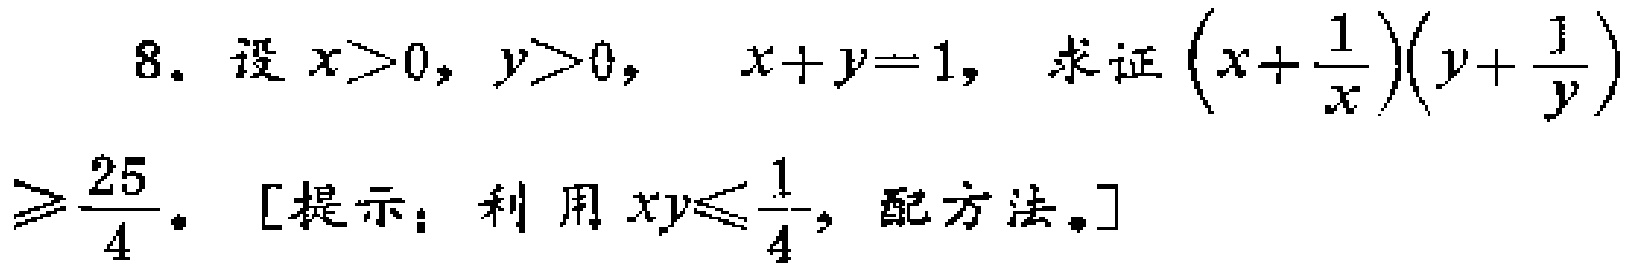
8. 设 \(x > 0\), \(y > 0\), \(x + y = 1\), 求证 \(\left(x+\dfrac{1}{x}\right)\left(y+\dfrac{1}{y}\right)\geqslant\dfrac{25}{4}\). [提示：利用 \(xy\leqslant\dfrac{1}{4}\), 配方法。]